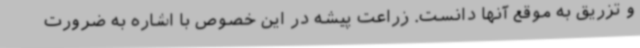
و تزریق به موقع آنها دانست. زراعت پیشه در این خصوص با اشاره به ضرورت